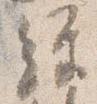
経